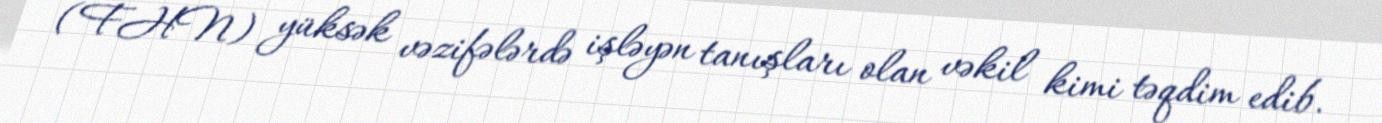
(FHN) yüksək vəzifələrdə işləyən tanışları olan vəkil kimi təqdim edib.